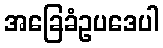
အခြေခံဥပဒေပါ